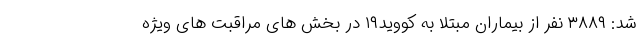
شد: ۳۸۸۹ نفر از بیماران مبتلا به کووید۱۹ در بخش های مراقبت های ویژه